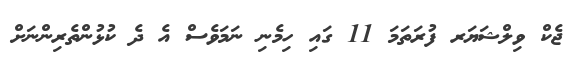
ޖެކް ވިލްޝަޔަރ ފުރަތަމަ 11 ގައި ހިމެނި ނަމަވެސް އެ ދެ ކުޅުންތެރިންނަށް